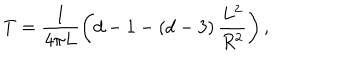
T = \frac { 1 } { 4 \pi L } \left( d - 1 - \left( d - 3 \right) \frac { L ^ { 2 } } { R ^ { 2 } } \right) ,